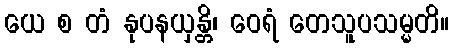
ယေ စ တံ နုပနယှန္တိ၊ ဝေရံ တေသူပသမ္မတိ။